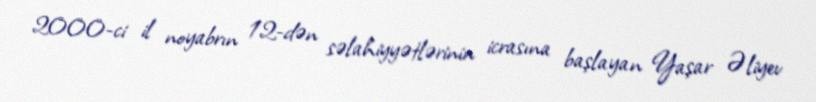
2000-ci il noyabrın 12-dən səlahiyyətlərinin icrasına başlayan Yaşar Əliyev